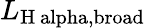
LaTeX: L_{\mathrm{H\ alpha,broad}}